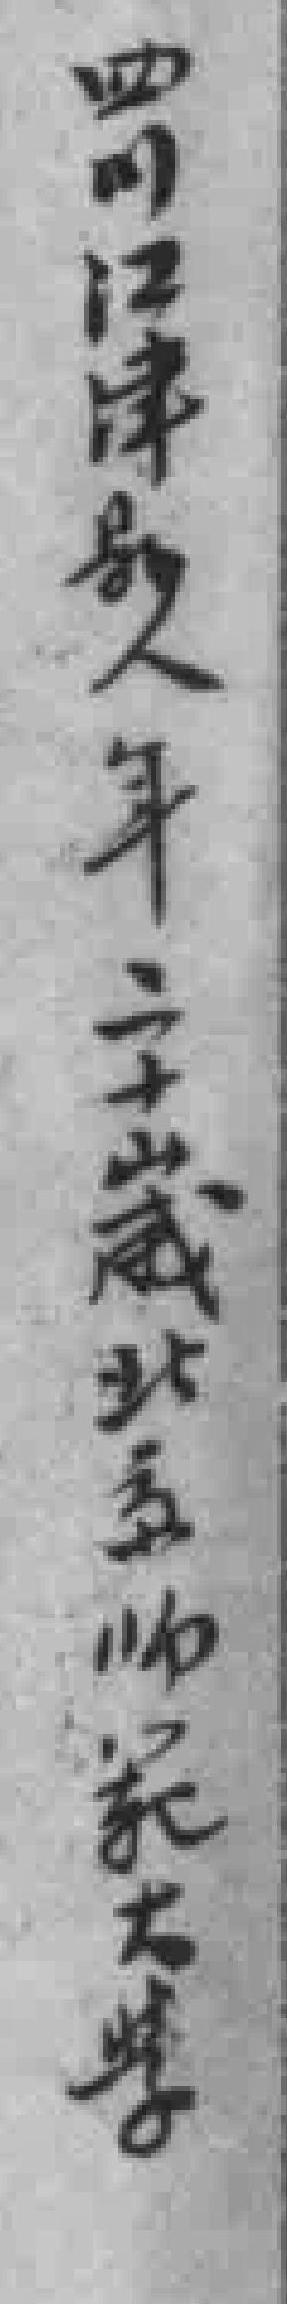
四江江津縣人年二十歲北京师範大學